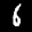
Label: 6